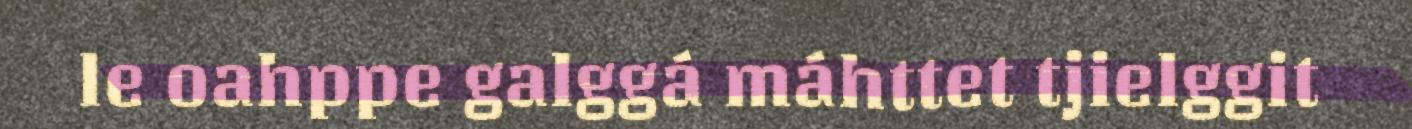
le oahppe galggá máhttet tjielggit